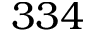
3 3 4